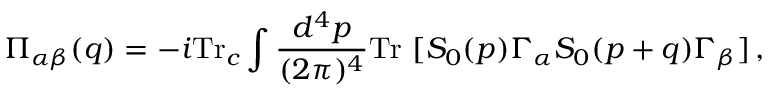
\Pi _ { \alpha \beta } ( q ) = - i \mathrm { T r } _ { c } \int \frac { d ^ { 4 } p } { ( 2 \pi ) ^ { 4 } } \mathrm { T r } ~ [ S _ { 0 } ( p ) \Gamma _ { \alpha } S _ { 0 } ( p + q ) \Gamma _ { \beta } ] \, ,